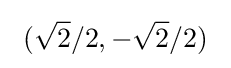
\ ({\sqrt {2}}/2,-{\sqrt {2}}/2)\